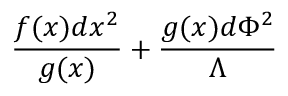
{ \frac { f ( x ) d x ^ { 2 } } { g ( x ) } } + { \frac { g ( x ) d \Phi ^ { 2 } } { \Lambda } }